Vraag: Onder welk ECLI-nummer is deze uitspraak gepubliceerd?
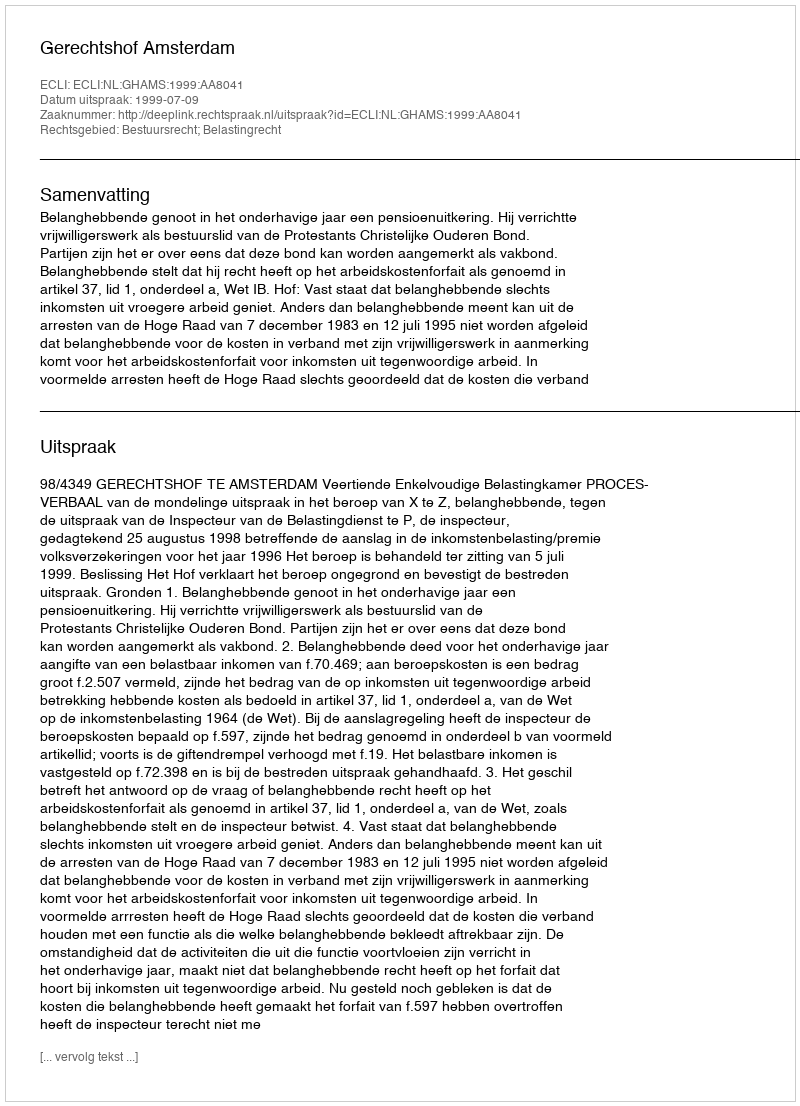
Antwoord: ECLI:NL:GHAMS:1999:AA8041